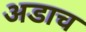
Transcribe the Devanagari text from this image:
अडाच